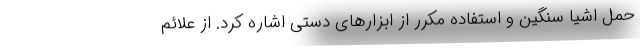
حمل اشیا سنگین و استفاده مکرر از ابزارهای دستی اشاره کرد. از علائم